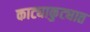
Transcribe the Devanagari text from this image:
काट्याकुट्यात